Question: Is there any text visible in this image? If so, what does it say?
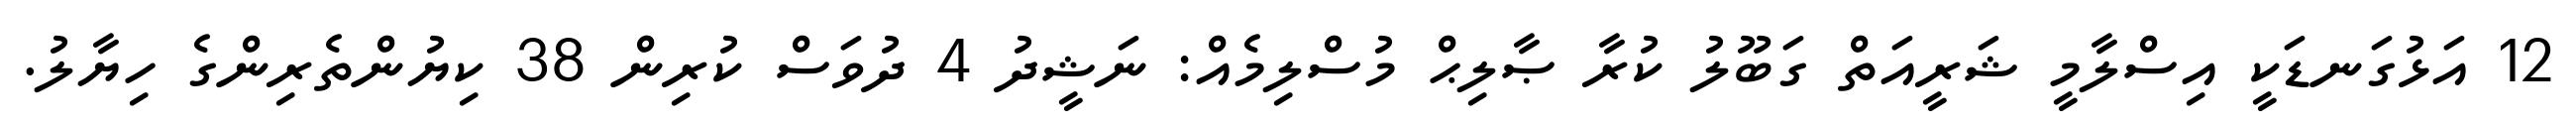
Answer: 12 އަޅުގަނޑަކީ އިސްލާމީ ޝަރީއަތް ގަބޫލު ކުރާ ޞާލިޙް މުސްލިމެއް: ނަޝީދު 4 ދުވަސް ކުރިން 38 ކިޔުންތެރިންގެ ހިޔާލު.